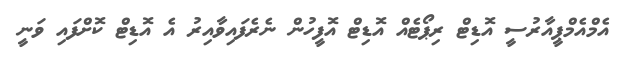
އެމްއެމްޕީއާރުސީ އޮޑިޓް ރިޕޯޓެއް އޮޑިޓް އޮފީހުން ނެރެފައިވާއިރު އެ އޮޑިޓް ކޮށްފައި ވަނީ